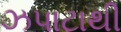
ઝપાટાથી